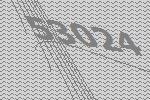
53024